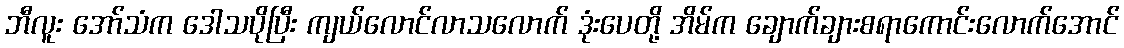
ဘီလူး အော်သံက ဒေါသပိုပြီး ကျယ်လောင်လာသလောက် ဒုံးပေတို့ အိမ်က ချောက်ချားစရာကောင်းလောက်အောင်